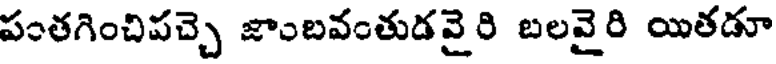
పంతగించిపచ్చె జాంబవంతుడవైరి బలవైరి యితడూ